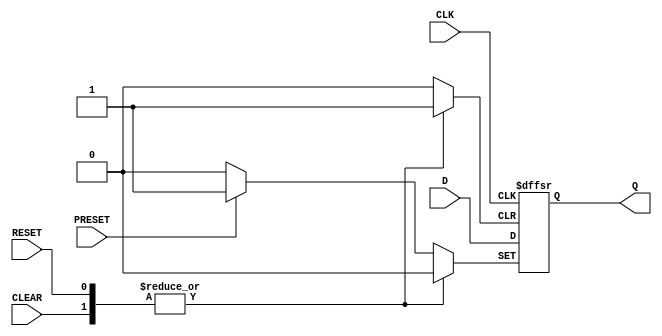
module d_ff_posedge (
    input wire D,
    input wire CLK,
    input wire RESET,
    input wire PRESET,
    input wire CLEAR,
    output reg Q
);

// D flip-flop behavior
always @(posedge CLK or posedge RESET or posedge PRESET or posedge CLEAR)
begin
    if (RESET)
        Q <= 1'b0;  // Reset to 0
    else if (PRESET)
        Q <= 1'b1;  // Preset to 1
    else if (CLEAR)
        Q <= 1'b0;  // Clear to 0
    else
        Q <= D;     // Store input value
end

endmodule